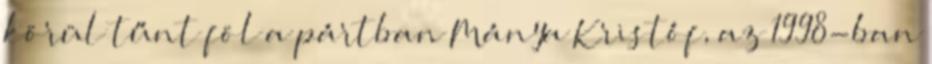
körül tűnt föl a pártban Mánya Kristóf, az 1998-ban